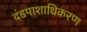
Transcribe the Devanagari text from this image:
दंडपाशाधिकरण